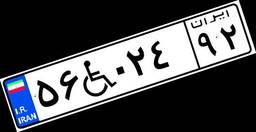
۳۵W۱۷۳۸۰